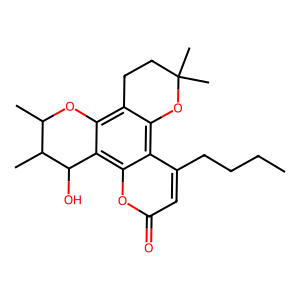
SMILES: CCCCc1cc(=O)oc2c3c(c4c(c12)OC(C)(C)CC4)OC(C)C(C)C3O
Inhibits HIV replication: Yes